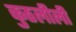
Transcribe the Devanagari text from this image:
कुठलीली